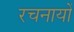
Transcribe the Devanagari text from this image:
रचनायों